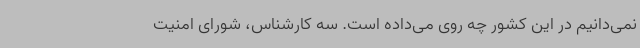
نمی‌دانیم در این کشور چه روی می‌داده است. سه کارشناس، شورای امنیت